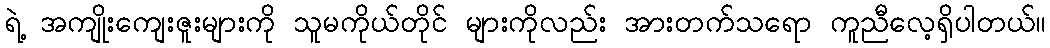
ရဲ့ အကျိုးကျေးဇူးများကို သူမကိုယ်တိုင် များကိုလည်း အားတက်သရော ကူညီလေ့ရှိပါတယ်။